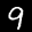
Label: 9